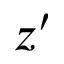
z ^ { \prime }